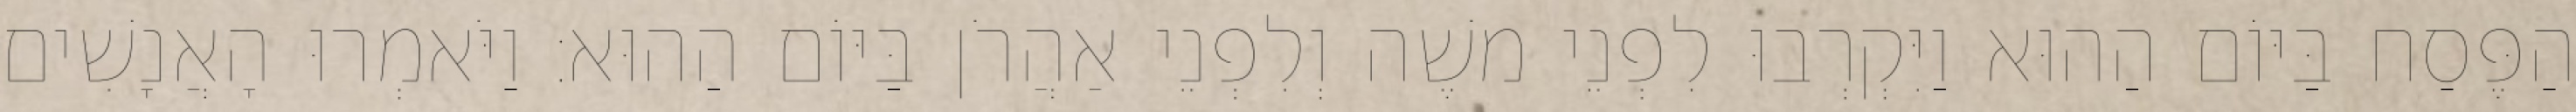
הַפֶּסַח בַּיּוֹם הַהוּא וַיִּקְרְבוּ לִפְנֵי משֶׁה וְלִפְנֵי אַהֲרֹן בַּיּוֹם הַהוּא׃ וַיֹּאמְרוּ הָאֲנָשִׁים